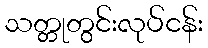
သတ္တုတွင်းလုပ်ငန်း